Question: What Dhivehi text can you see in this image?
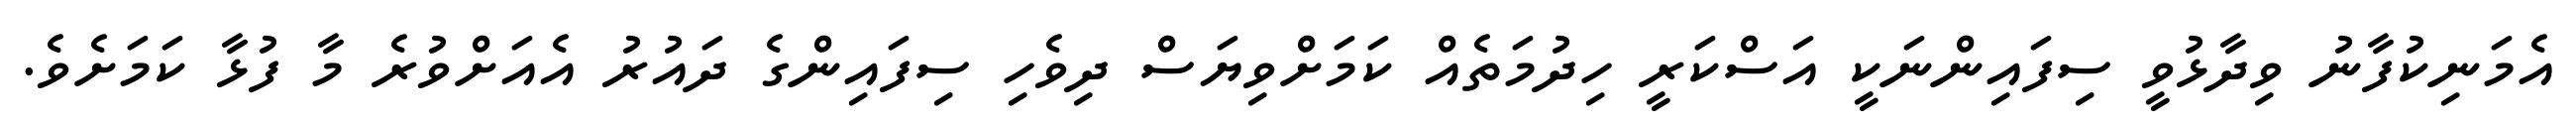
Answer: އެމަނިކުފާނު ވިދާޅުވީ ސިފައިންނަކީ އަސްކަރީ ހިދުމަތެއް ކަމަށްވިޔަސް ދިވެހި ސިފައިންގެ ދައުރު އެއަށްވުރެ މާ ފުޅާ ކަމަށެވެ.